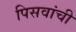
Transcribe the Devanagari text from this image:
पिसवांची